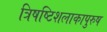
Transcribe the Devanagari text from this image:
त्रिषष्टिशलाकापुरुष